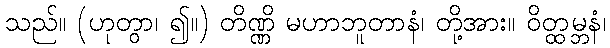
သည်။ (ဟုတွာ၊ ၍။) တိဏ္ဏိ မဟာဘူတာနံ၊ တို့အား။ ဝိတ္ထမ္ဘနံ၊